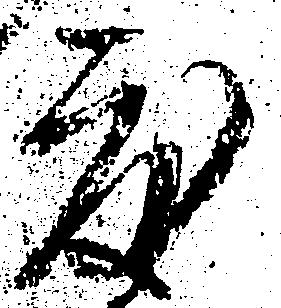
度